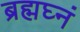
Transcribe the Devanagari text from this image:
ब्रह्मघ्नं